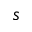
s